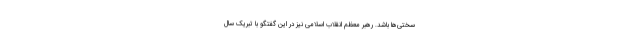
سختی‌ها باشد. رهبر معظم انقلاب اسلامی نیز در این گفتگو با تبریک سال